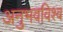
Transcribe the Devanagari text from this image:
अनुभवविश्‍व